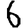
Digit: 6